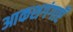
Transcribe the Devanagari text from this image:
आकशगंगाएँ